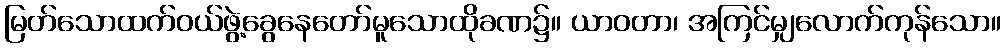
မြတ်သောထက်ဝယ်ဖွဲ့ခွေနေတော်မူသောထိုခဏ၌။ ယာဝတာ၊ အကြင်မျှလောက်ကုန်သော။